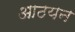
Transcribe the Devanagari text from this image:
आठयन